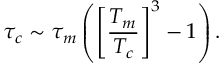
\tau _ { c } \sim \tau _ { m } \left( \left[ \frac { T _ { m } } { T _ { c } } \right] ^ { 3 } - 1 \right) .